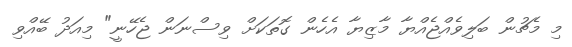
މި މެޗުން ބަލިވެއްޖެއްޔާ މާޒިޔާ އެހެން ގޮތަކަށް ވިސްނަން ޖެހޭނީ" މިއަދު ބޭއްވި